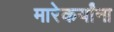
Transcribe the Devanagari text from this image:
मारेकर्यांना